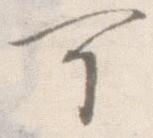
可